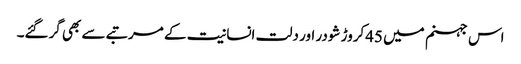
اس جہنم میں 45کروڑ شودر اور دلت انسانیت کے مرتبے سے بھی گرگئے۔